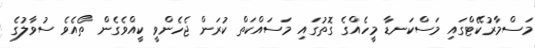
މަސްމާރުކޭޓްގައި މަސްކަނޑާ މީހެއްގެ ގޮތުގައި މަސައްކަތް ކުރަން ޖެހެންވީ ކީއްވެގެން ތޯއެވެ ސުވާލުގެ